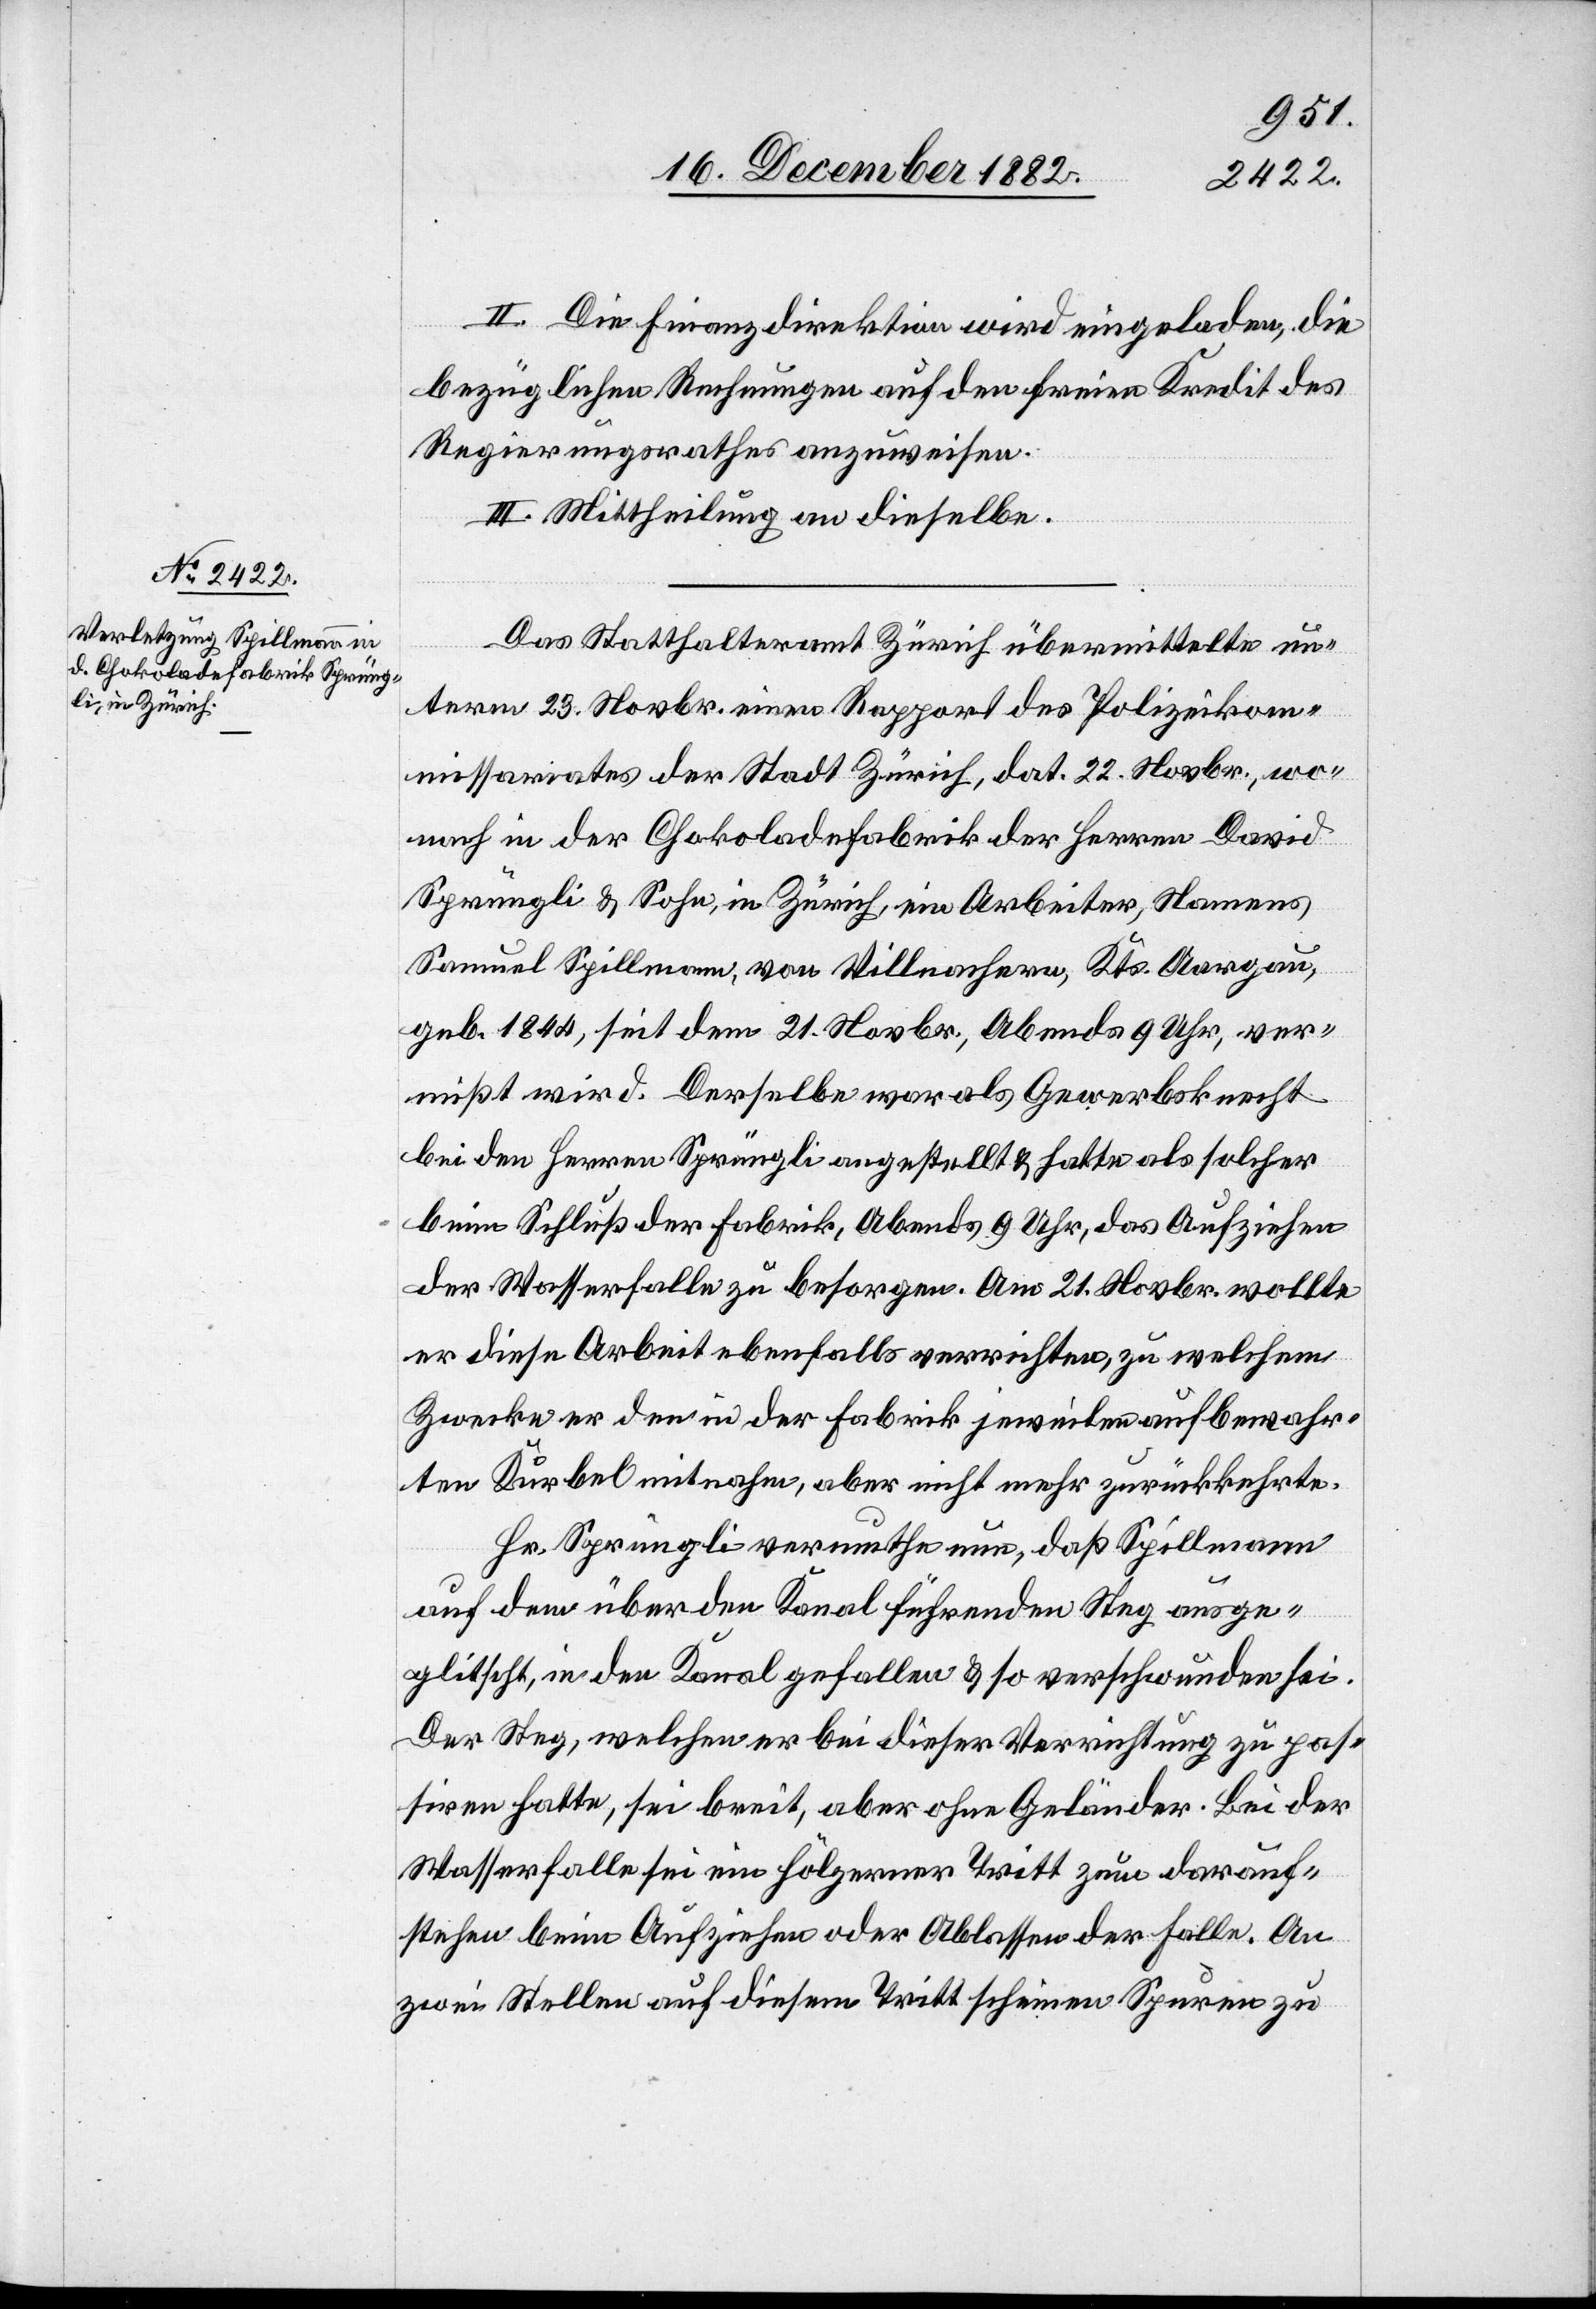
II. Die Finanzdirektion wird eingeladen, die
bezüglichen Rechnungen auf den freien Kredit des
Regierungsrathes anzuweisen.
III. Mittheilung an dieselbe.
Das Statthalteramt Zürich übermittelte un¬
term 23. Novbr. einen Rapport des Polizeikom¬
missariates der Stadt Zürich, dat. 22. Novbr., wo¬
nach in der Chokoladefabrik der Herren David
Sprüngli & Sohn, in Zürich, ein Arbeiter, Namens
Samuel Spillmann, von Villnachern, Kts. Aargau,
geb. 1844, seit dem 21. Novbr. Abends 9 Uhr, ver¬
mißt wird. Derselbe war als Gewerbsknecht
bei den Herren Sprüngli angestellt & hatte als solcher
beim Schluß der Fabrik, Abends 9 Uhr, das Aufziehen
der Wasserfalle zu besorgen. Am 21. Novbr. wollte
er diese Arbeit ebenfalls verrichten, zu welchem
[recte: die] in der Fabrik jeweilen aufbewahrten
Kurbel mitnahm, aber nicht mehr zurückkehrte.
Hr. Sprüngli vermuthe nun, daß Spillmann
auf dem über den Kanal führenden Steg ausge¬
glitscht, in den Kanal gefallen & so verschwunden sei.
Der Steg, welchen er bei dieser Verrichtung zu pas¬
siren hatte, sei breit, aber ohne Geländer. Bei der
Wasserfalle sei ein hölzerner Tritt zum darauf¬
stehen beim Aufziehen oder Ablassen der Falle. An
zwei Stellen auf diesem Tritt scheinen Spuren zu